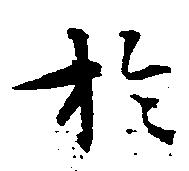
於